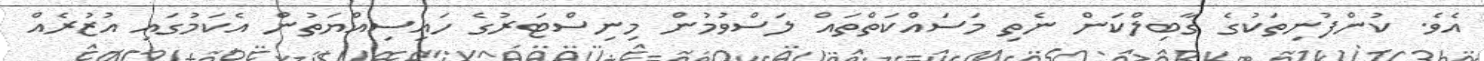
އެވެ. ކުންފުނިތަކުގެ ގާބިލްކަން ނެތި މަސައްކަތްތައް ލަސްވުމުން މިނިސްޓަރުގެ ހައިސިއްޔަތުން އެކަމުގައި އުޒުރެއް